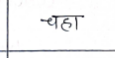
मजकूर: चहा